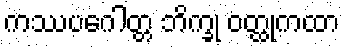
ကဿပဂေါတ္တ ဘိက္ခု ဝတ္ထုကထာ